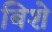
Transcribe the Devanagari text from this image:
बिशे